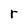
Character: r